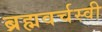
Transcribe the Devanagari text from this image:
ब्रह्मवर्चस्वी